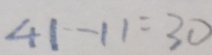
4 1 - 1 1 = 3 0